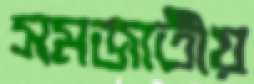
সমজাতীয়